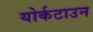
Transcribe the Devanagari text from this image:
योर्कटाउन